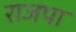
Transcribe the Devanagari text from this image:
राजपा